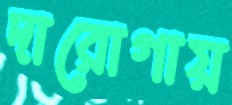
দারোগায়